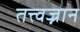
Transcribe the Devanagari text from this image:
तत्त्वज्नान